Election expenses, 1922, 1922
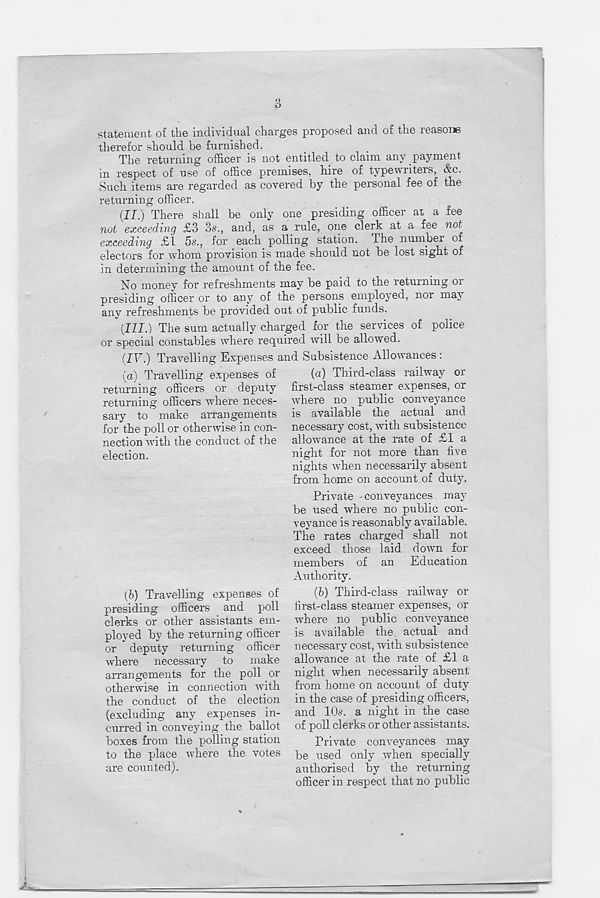
statement of the individual charges proposed and of the reasons
therefor should be furnished.
The returning officer is not entitled to claim any payment
in respect of use of office premises, hire of typewriters, &c.
Such items are regarded as covered by the personal fee of the
returning officer.
(II.) There shall be only one presiding officer at a fee
not exceeding £3 3s., and, as a rule, one clerk at a fee not
exceeding £1 5s., for each polling station. The number of
electors for whom provision is made should not be lost sight of
in determining the amount of the fee.
No money for refreshments may be paid to the returning oi
presiding officer or to any of the persons employed, nor may
any refreshments be provided out of public funds.
(III.) The sum actually charged for the services of police
or special constables where required will be allowed.
(IF.) Travelling Expenses
(a) Travelling expenses of
returning officers or deputy
returning officers where neces-
sary to make arrangements
for the poll or otherwise in con-
nection with the conduct of the
election.
and Subsistence Allowances:
(a) Third-class railway or
first-class steamer expenses, or
where no public conveyance
is available the actual and
necessary cost, with subsistence
allowance at the rate of £1 a
night for not more than five
nights when necessarily absent
from home on account of duty.
{b) Travelling expenses of
presiding officers and poll
clerks or other assistants em-
ployed by the returning officer
or deputy returning officer
where necessary to make
arrangements for the poll or
otherwise in connection with
the conduct of the election
(excluding any expenses in-
curred in conveying the ballot
boxes from the polling station
to the place where the votes
are counted).
Private - conveyances may
be used where no public con-
veyance is reasonably available.
The rates charged shall not
exceed those laid down for
members of an Education
Authority.
(b) Third-class railway or
first-class steamer expenses, or
where no public conveyance
is available the actual and
necessary cost, with subsistence
allowance at the rate of £1 a
night when necessarily absent
from home on account of duty
in the case of presiding officers,
and 10s. a night in the case
of poll clerks or other assistants.
Private conveyances may
be used only when specially
authorised by the returning
officer in respect that no public